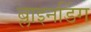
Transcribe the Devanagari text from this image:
ब्लाइनडिंग